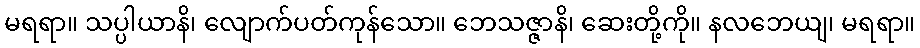
မရရာ။ သပ္ပါယာနိ၊ လျောက်ပတ်ကုန်သော။ ဘေသဇ္ဇာနိ၊ ဆေးတို့ကို။ နလဘေယျ၊ မရရာ။